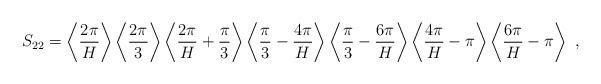
\begin{align*}S_{22}=\left\langle \frac{2\pi}{H}\right\rangle\left\langle \frac{2\pi}{3}\right\rangle\left\langle \frac{2\pi}{H}+\frac{\pi}{3} \right\rangle\left\langle \frac{\pi}{3}-\frac{4\pi}{H}\right\rangle\left\langle \frac{\pi}{3}-\frac{6\pi}{H}\right\rangle\left\langle \frac{4\pi}{H}-\pi\right\rangle\left\langle \frac{6\pi}{H}-\pi\right\rangle \ ,\end{align*}